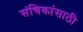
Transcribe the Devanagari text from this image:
संचिकांसाठी